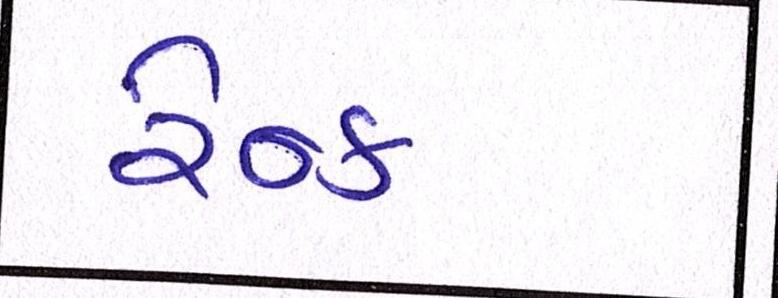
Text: રેન્ક